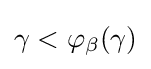
\gamma <\varphi _{\beta }(\gamma )